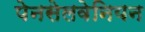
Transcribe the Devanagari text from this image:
पेनसेलवेनियन